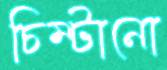
চিম্‌টানো